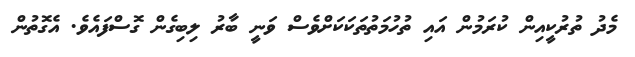
މެދު ތުރުކީއިން ކުރަމުން އައި ތުހުމަތުތަކަކަށްވެސް ވަނީ ބާރު ލިބިގެން ގޮސްފައެވެ. އެގޮތުން